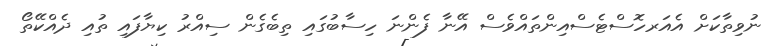
ނުވިތާކަށް އެއަރހޮސްޓެސްއިންތައްވެސް އޭނާ ފެންނަ ހިސާބުގައި ތިބެގެން ސިއްރު ކިޔާފައި ތުއި ދެއްކޭތޯ